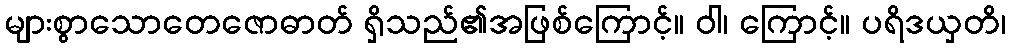
များစွာသောတေဇောဓာတ် ရှိသည်၏အဖြစ်ကြောင့်။ ဝါ၊ ကြောင့်။ ပရိဒယှတိ၊